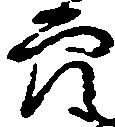
穴